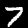
Label: 7